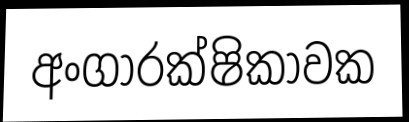
අංගාරක්ෂිකාවක